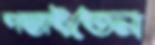
পস্তাইতেন